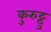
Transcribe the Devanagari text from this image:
कुरुट्टु